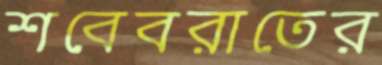
শবেবরাতের